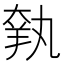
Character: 𦎃